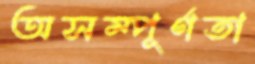
অসম্পূর্ণতা